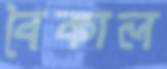
বৈকাল